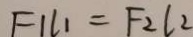
F 1 l _ { 1 } = F _ { 2 } l _ { 2 }